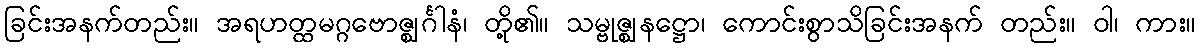
ခြင်းအနက်တည်း။ အရဟတ္ထမဂ္ဂဗောဇ္ဈင်္ဂါနံ၊ တို့၏။ သမ္ဗုဇ္ဈနဋ္ဌော၊ ကောင်းစွာသိခြင်းအနက် တည်း။ ဝါ၊ ကား။